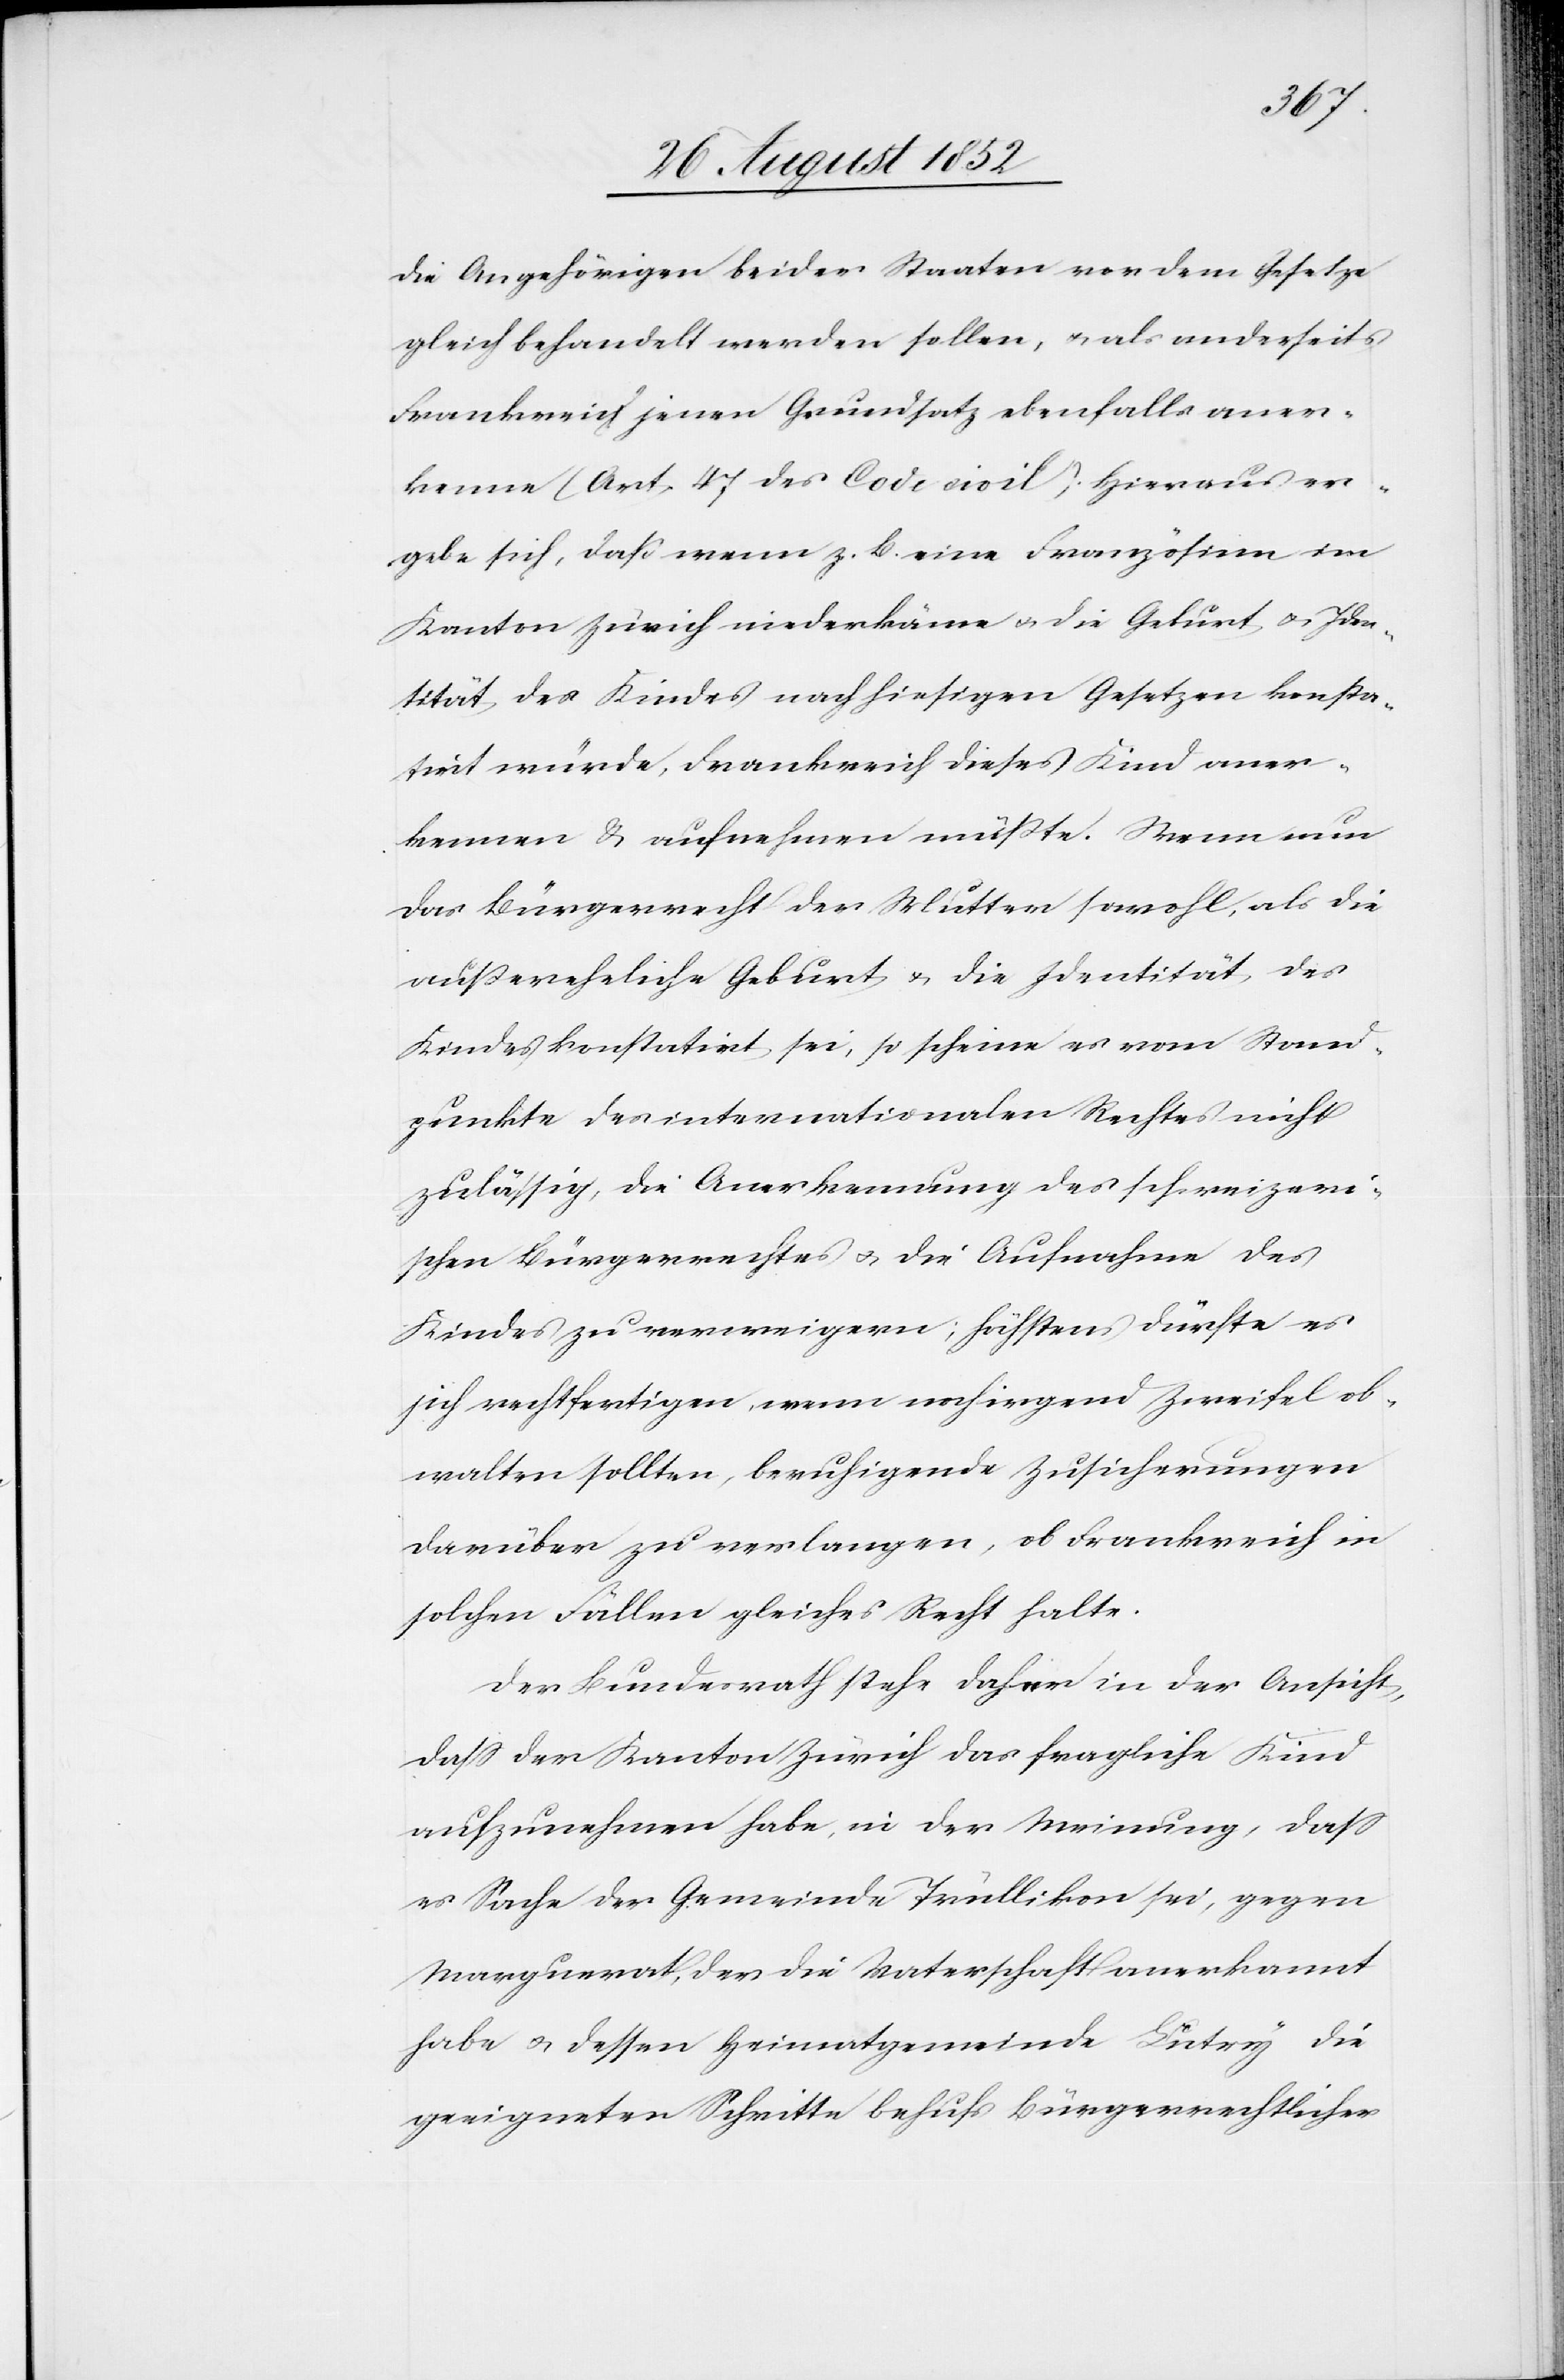
die Angehörigen beider Staaten vor dem Gesetze
gleich behandelt werden sollen, & als anderseits
Frankreich jenen Grundsatz ebenfalls aner¬
kenne (Art. 47 des Code civil). Hieraus er¬
gebe sich, daß wenn z. B. eine Französinn im
Kanton Zürich niederkäme & die Geburt & Iden¬
tität des Kindes nach hiesigen Gesetzen konsta¬
tirt würde, Frankreich dieses Kind aner¬
kennen & aufnehmen müßte. Wenn nun
das Bürgerrecht der Mutter sowohl, als die
außereheliche Geburt & die Identität des
Kindes konstatirt sei, so scheine es vom Stand¬
punkte des internationalen Rechtes nicht
zulässig, die Anerkennung des schweizeri¬
schen Bürgerrechtes & die Aufnahme des
Kindes zu verweigern; höchstens dürfte es
sich rechtfertigen, wenn noch irgend Zweifel ob¬
walten sollten, beruhigende Zusicherungen
darüber zu verlangen, ob Frankreich in
solchen Fällen gleiches Recht halte.
Der Bundesrath stehe daher in der Ansicht,
dass der Kanton Zürich das fragliche Kind
aufzunehmen habe, in der Meinung, dass
es Sache der Gemeinde Trüllikon sei, gegen
Marguerat, der die Vaterschaft anerkannt
habe & dessen Heimatgemeinde Lütry die
geeigneten Schritte behufs Bürgerrechtlicher